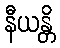
နီယန္တိ